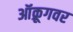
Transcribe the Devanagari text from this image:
ऑक्रूगवर